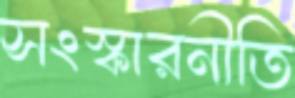
সংস্কারনীতি